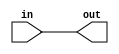
module coreir_orr #(
    parameter width = 1
) (
    input [width-1:0] in,
    output out
);
  assign out = |in;
endmodule

module Or8x2 (
    input [1:0] I0,
    input [1:0] I1,
    input [1:0] I2,
    input [1:0] I3,
    input [1:0] I4,
    input [1:0] I5,
    input [1:0] I6,
    input [1:0] I7,
    output [1:0] O
);
wire orr_inst0_out;
wire orr_inst1_out;
wire [7:0] orr_inst0_in;
assign orr_inst0_in = {I7[0],I6[0],I5[0],I4[0],I3[0],I2[0],I1[0],I0[0]};
coreir_orr #(
    .width(8)
) orr_inst0 (
    .in(orr_inst0_in),
    .out(orr_inst0_out)
);
wire [7:0] orr_inst1_in;
assign orr_inst1_in = {I7[1],I6[1],I5[1],I4[1],I3[1],I2[1],I1[1],I0[1]};
coreir_orr #(
    .width(8)
) orr_inst1 (
    .in(orr_inst1_in),
    .out(orr_inst1_out)
);
assign O = {orr_inst1_out,orr_inst0_out};
endmodule